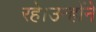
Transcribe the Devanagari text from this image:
रहे।उन्होंने